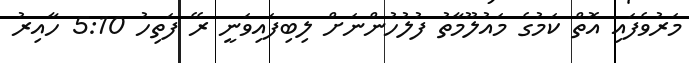
މަރުވެފައި އޮތް ކަމުގެ މައުލޫމާތު ފުލުހުންނަށް ލިބިފައިވަނީ ރޭ ފަތިހު 5:10 ހާއިރު